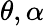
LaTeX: \theta,\alpha